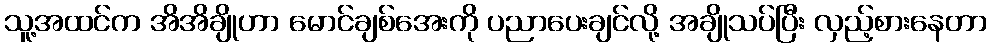
သူ့အထင်က အိအိချိုဟာ မောင်ချစ်အေးကို ပညာပေးချင်လို့ အချိုသပ်ပြီး လှည့်စားနေတာ